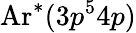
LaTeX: \mathrm{Ar}^{*}(3p^{5}4p)